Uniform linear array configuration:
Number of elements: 16
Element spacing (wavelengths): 0.75
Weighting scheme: hamming
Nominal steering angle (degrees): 0
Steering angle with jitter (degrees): -1.953
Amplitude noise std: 0.05
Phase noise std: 0.05

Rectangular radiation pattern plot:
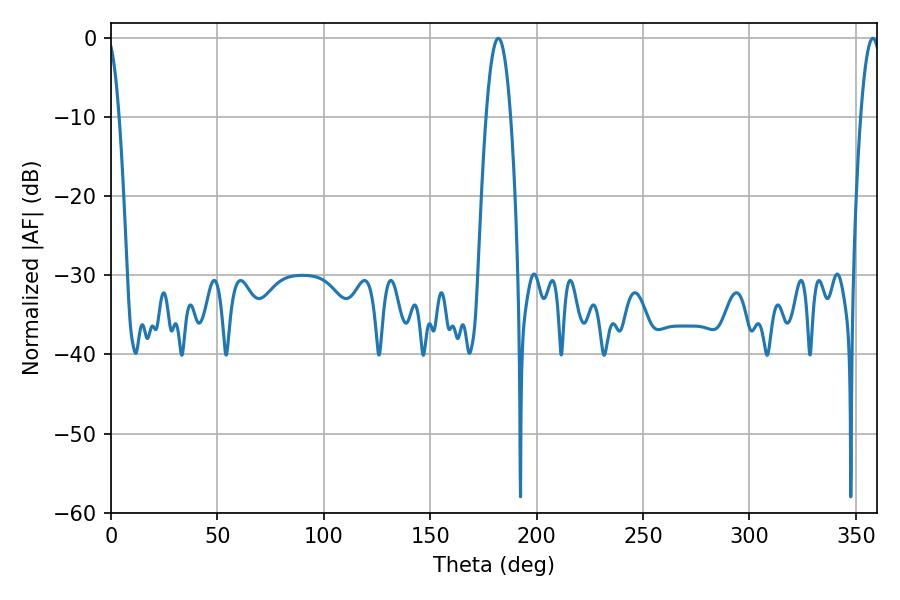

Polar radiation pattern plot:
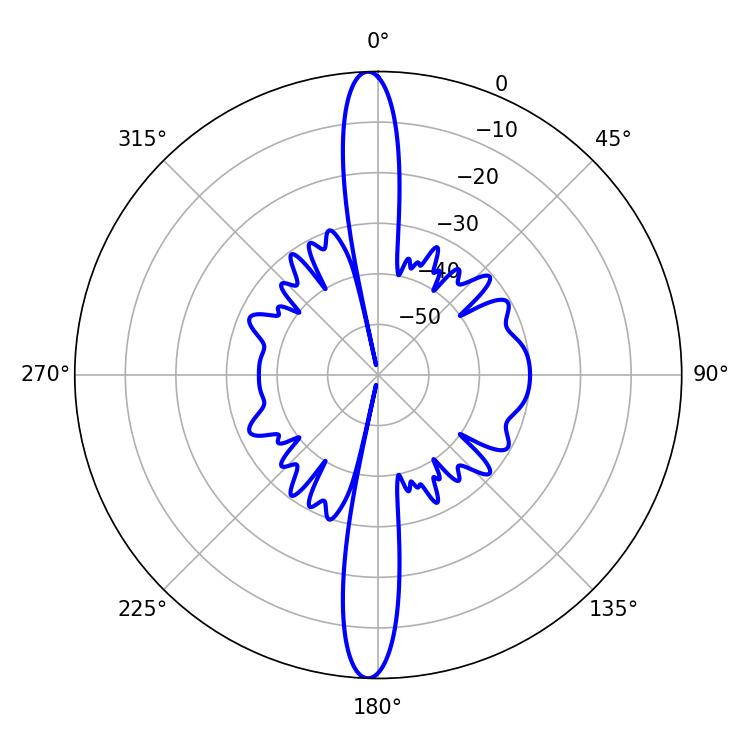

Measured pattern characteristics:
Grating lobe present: TRUE
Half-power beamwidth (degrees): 6.48
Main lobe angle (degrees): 181.98